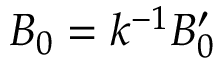
B _ { 0 } = k ^ { - 1 } B _ { 0 } ^ { \prime }